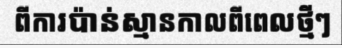
ពីការប៉ាន់ស្មានកាលពីពេលថ្មីៗ